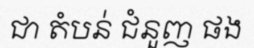
ជា តំបន់ ជំនួញ ផង